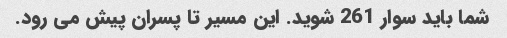
شما باید سوار 261 شوید. این مسیر تا پسران پیش می رود.